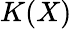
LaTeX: K(X)